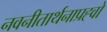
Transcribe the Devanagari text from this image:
नवनीतार्थनाप्रह्वो